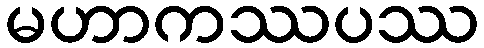
မဟာကဿပဿ